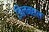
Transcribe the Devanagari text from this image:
जिलनहाल